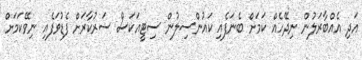
އަދި އެއްބާރަލުން ނިދޭހެއް ކަމަށް ބެނަފެއި ކައުންސިލުން ސިޓީއަކަސް ސަރުކާރަށް ފެޑުވަފެއި ނިވޭކަމަށް